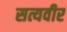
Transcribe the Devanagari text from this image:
सत्यवीर